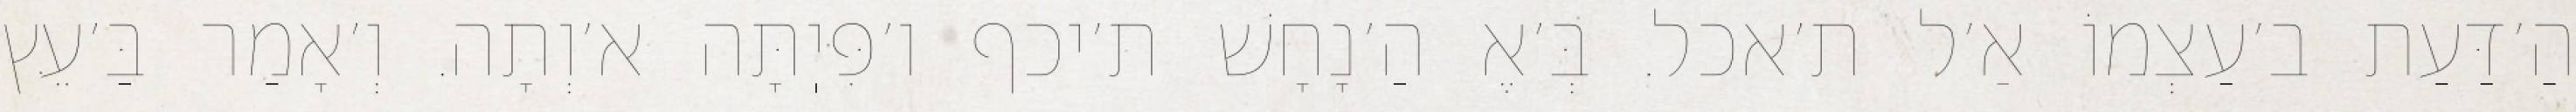
הַ׳דַּעַת ב׳עַצְמוֹ אַ׳ל ת׳אכל. בְּ׳אֶ הַ׳נָחָשׁ ת׳יכף ו׳פִּיֽתָּה א׳וְתָה. וְ׳אָמַר בַּ׳עֵּץ